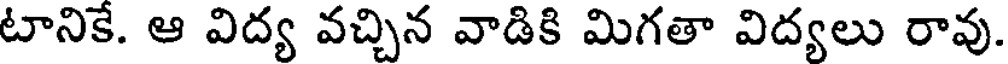
టానికే. ఆ విద్య వచ్చిన వాడికి మిగతా విద్యలు రావు.